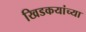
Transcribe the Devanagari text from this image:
खिडकयांच्या